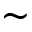
\sim